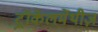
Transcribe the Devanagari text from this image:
ट्रॉकेलमेंथीज़